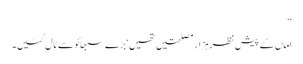
‘‘
اماں کے پیشِ نظر ہزار مصلحتیں تھیں‘ بڑے سبھائو سے ٹال گئیں۔